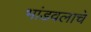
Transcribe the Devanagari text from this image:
भांडवलाचे